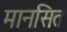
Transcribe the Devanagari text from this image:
मानसित